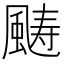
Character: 𩗡